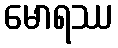
မောရဿ